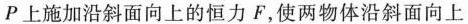
P上施加沿斜面向上的恒力F，使两物体沿斜面向上